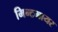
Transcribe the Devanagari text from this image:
मिन्टमायर